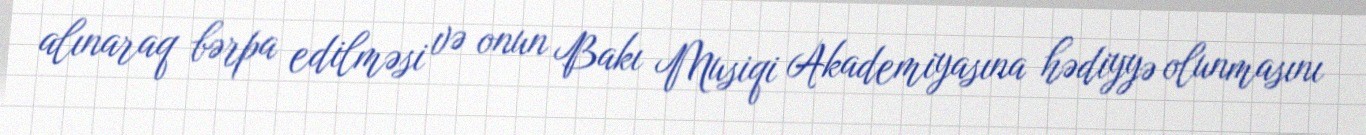
alınaraq bərpa edilməsi və onun Bakı Musiqi Akademiyasına hədiyyə olunmasını